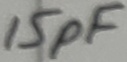
Text: 15pF